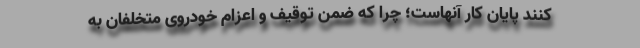
کنند پایان کار آنهاست؛ چرا که ضمن توقیف و اعزام خودروی متخلفان به